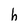
Character: h